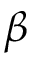
\beta